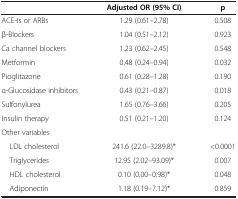
<table><thead><tr><td><b> </b></td><td><b>Adjusted OR (95% CI)</b></td><td><b>p</b></td></tr></thead><tbody><tr><td>ACE-Is or ARBs</td><td>1.29 (0.61–2.78)</td><td>0.508</td></tr><tr><td>β-Blockers</td><td>1.04 (0.51–2.12)</td><td>0.923</td></tr><tr><td>Ca channel blockers</td><td>1.23 (0.62–2.45)</td><td>0.548</td></tr><tr><td>Metformin</td><td>0.48 (0.24–0.94)</td><td>0.032</td></tr><tr><td>Pioglitazone</td><td>0.61 (0.28–1.28)</td><td>0.190</td></tr><tr><td>α-Glucosidase inhibitors</td><td>0.43 (0.21–0.87)</td><td>0.018</td></tr><tr><td>Sulfonylurea</td><td>1.65 (0.76–3.66)</td><td>0.205</td></tr><tr><td>Insulin therapy</td><td>0.51 (0.21–1.20)</td><td>0.124</td></tr><tr><td>Other variables</td><td> </td><td> </td></tr><tr><td> LDL cholesterol</td><td>241.6 (22.0–3289.8)*</td><td>&lt;0.0001</td></tr><tr><td> Triglycerides</td><td>12.95 (2.02–93.09)*</td><td>0.007</td></tr><tr><td> HDL cholesterol</td><td>0.10 (0.00–0.98)*</td><td>0.048</td></tr><tr><td> Adiponectin</td><td>1.18 (0.19–7.12)*</td><td>0.859</td></tr></tbody></table>